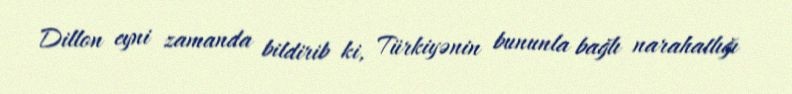
Dillon eyni zamanda bildirib ki, Türkiyənin bununla bağlı narahatlığı